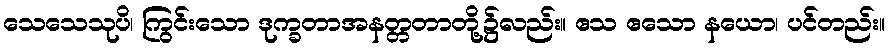
သေသေသုပိ၊ ကြွင်းသော ဒုက္ခတာအနတ္တတာတို့၌လည်း။ ဧသ ဧသော နယော၊ ပင်တည်း။